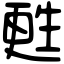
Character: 甦